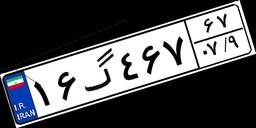
۴۱گ۲۰۳۹۰